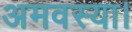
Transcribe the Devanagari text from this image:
अमवस्या।